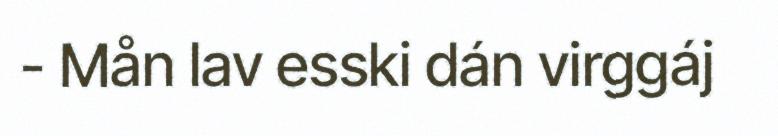
- Mån lav esski dán virggáj